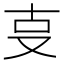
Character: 㕝